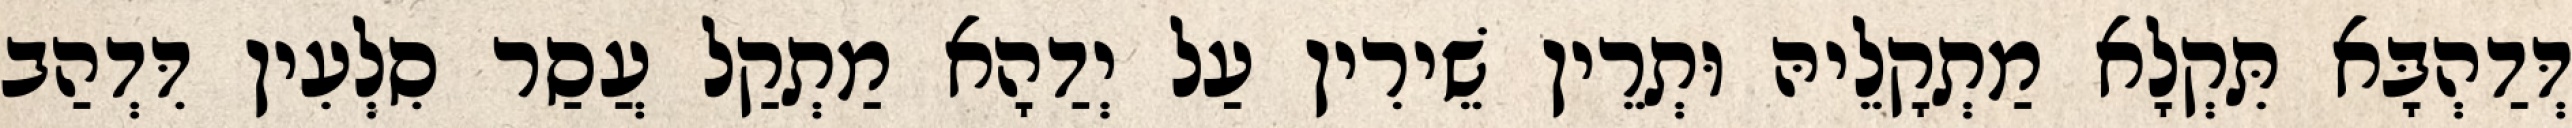
דְּדַהְבָּא תִּקְלָא מַתְקָלֵיהּ וּתְרֵין שֵׁירִין עַל יְדַהָא מַתְקַל עֲסַר סִלְעִין דִּדְהַב